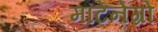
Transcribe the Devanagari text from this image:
मॉटेनेग्रो